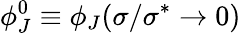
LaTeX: \phi_{J}^{0}\equiv\phi_{J}(\sigma/\sigma^{*}\to 0)